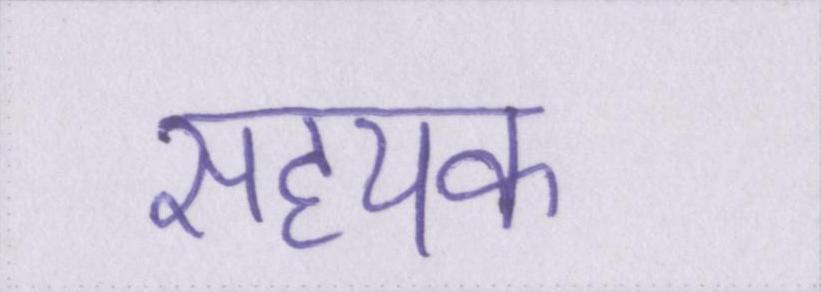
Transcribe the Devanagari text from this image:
सहयक